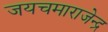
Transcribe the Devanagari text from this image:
जयचमाराजेन्द्र